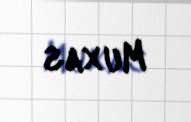
Muxas